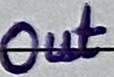
Text: Out